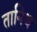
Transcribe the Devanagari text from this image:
तानिथ